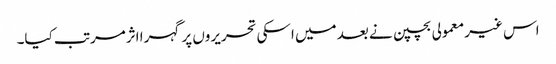
اس غیر معمولی بچپن نے بعد میں اسکی تحریروں پر گہرا اثرمرتب کیا۔